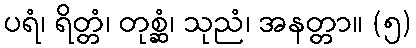
ပရံ၊ ရိတ္တံ၊ တုစ္ဆံ၊ သုညံ၊ အနတ္တာ။ (၅)